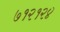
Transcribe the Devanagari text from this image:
७१२१२४